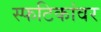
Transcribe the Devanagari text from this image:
स्फटिकांवर